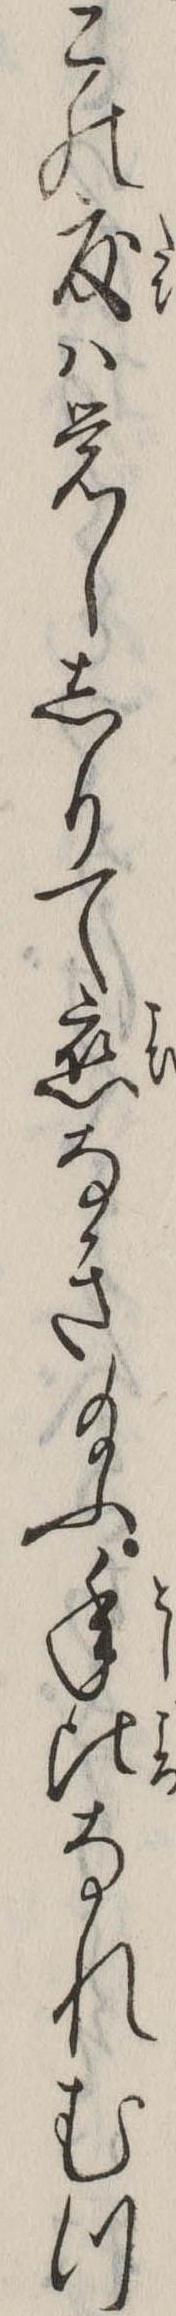
この度は覚ししりて恋なき給ふ年比なれむつ